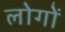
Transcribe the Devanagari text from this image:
लोगोें